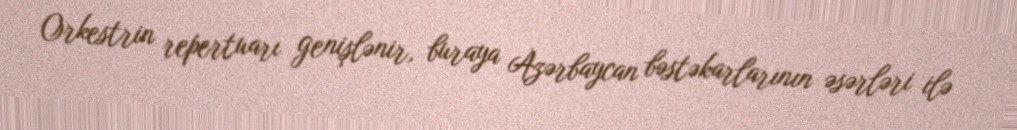
Orkestrin repertuarı genişlənir, buraya Azərbaycan bəstəkarlarının əsərləri ilə